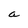
Character: a